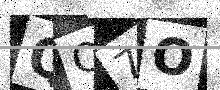
Text: QO7O